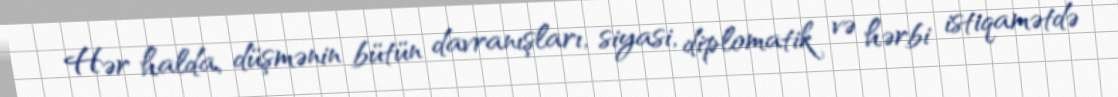
Hər halda, düşmənin bütün davranışları, siyasi, diplomatik və hərbi istiqamətdə